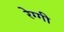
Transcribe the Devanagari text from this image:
रेग्गी